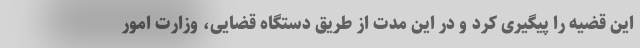
این قضیه را پیگیری کرد و در این مدت از طریق دستگاه قضایی، وزارت امور